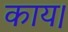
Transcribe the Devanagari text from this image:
काय।